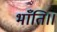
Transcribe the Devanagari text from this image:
भाँति।।